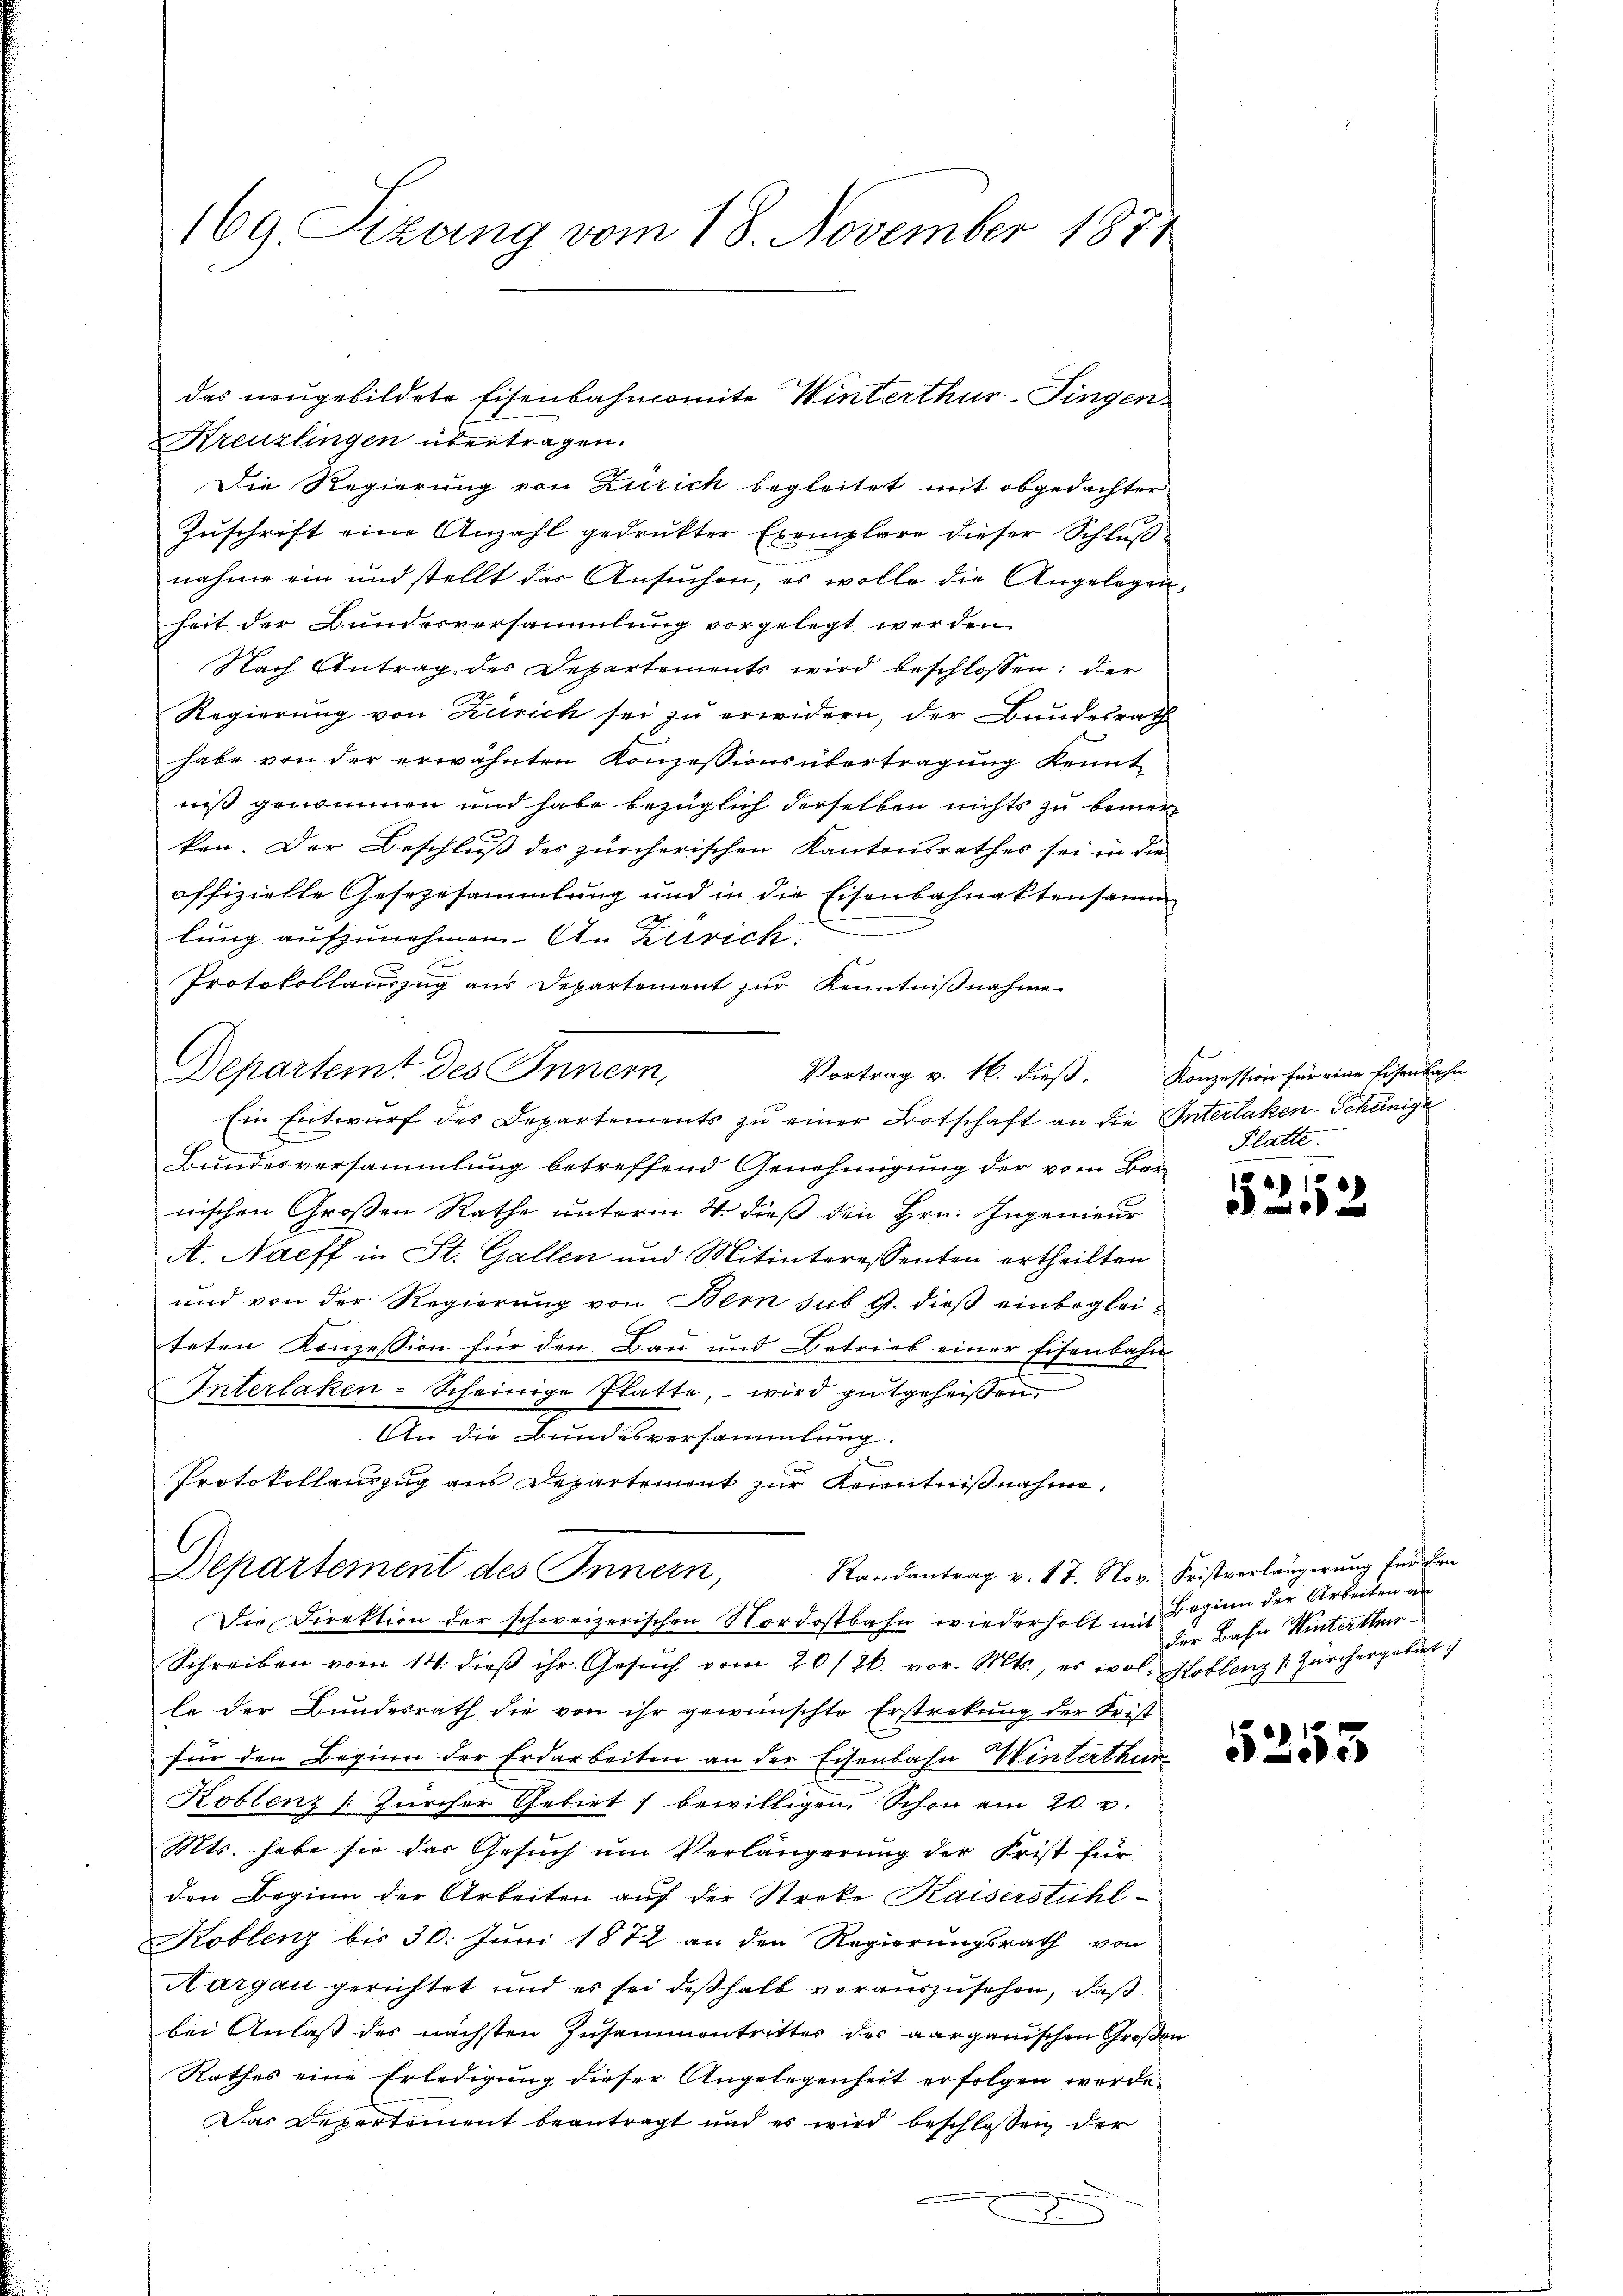
169. Sizung vom 18. November 1871

Kreuzlingen übertragen.
Die Regierung von Zürich begleitet mit obgedachter
Zuschrift eine Anzahl gedrukter Exemplare dieser Schluß-
nahme ein und stellt das Ansuchen, es wolle die Angelegenheit der Bundesversammlung vorgelegt werden.
Nach Antrag der Departements wird beschlossen: der
Regierung von Zürich sei zu erwidern, der Bundesrath
habe von der erwähnten Konzessionsübertragung kennt
niß genommen und habe bezüglich derselben nichts zu bemerken. Der Beschluß des zürcherischen Kantonsrathes sei in die
offizielle Gesezesammlung und in die Eisenbahnaktensamm
lung aufzunehmen. An Zürich.
Protokollauszug aus Departement zur Kenntniβnahme
Departemt des Innern,
Ein Entwŭrf des Departements zŭ einer Botschaft an die Unterlaken-Scheinige
Bundesversammlung betreffend Genehmigung der vom Bar-
nischen Großen Rathe unterm 4. dieß den Hrn. Ingenieur
A. Naeff in St. Gallen und Mitinteressenten ertheilten
und von der Regierung von Bern sub 9. dieß einbegleiteten Konzession für den Bau und Betrieb einer Eisenbahn
Interlaken-Scheinige Platte, wird gutgeheissen.
An die Bundesversammlung.
Protokollauszug aus Departement zur Kenntnißnahme,
Randantrag v. 17. Nov. Fristverlängerung für den
Departement des Innern,
Die Direktion der schweizerischen Nordostbahn wiederholt mit Beginn der Arbeiten an
Schreiben vom 14. dieβ ihr. Gesŭch vom 20/26. vor. Mts., es wol. Koblenz & Zürchergebut
le der Bundesrath die von ihr gewünschte Erstrekung der Frist
für den Beginn der Erdarbeiten an der Eisenbahn Winterthur
Koblenz [Zürcher Gebiet bewilligen, Schon am 20. 2.
Mts. habe sie das Gesuch um Verlängerung der Frist für
den Beginn der Arbeiten auf der Strebe Kaiserstühl
Koblenz bis 30. Juni 1872 an den Regierungsrath von
Aargau gerichtet und es sei deßhalb vorauszusehen, daß
bei Anlaß des nächsten Zusammentritter des aargauischen Großen
Rathes eine Erledigung dieser Angelegenheit erfolgen werde.
Das Departement beantragt und es wird beschlossen der

das neugebildete Eisenbahncomite Winterthur-Fingen

x

Vortrag v. 16. dieß. Konzession für eine Eisenbahn
Platte.

1253

der Bahn Winterthur

5253